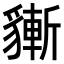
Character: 𧴃